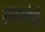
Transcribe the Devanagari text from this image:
लगाएंगी।